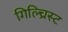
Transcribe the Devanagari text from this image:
गिल्च्रिस्ट